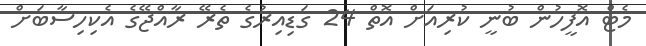
މެޓް އޮފީހުން ބުނީ ކުރިއަށް އޮތް 24 ގަޑިއިރުގެ ތެރޭ ރާއްޖޭގެ އެކިހިސާބަށް